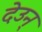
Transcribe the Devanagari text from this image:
देउन्